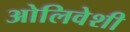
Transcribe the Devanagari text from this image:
ओलिवेशी